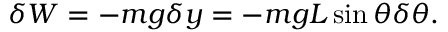
\delta W = - m g \delta y = - m g L \sin \theta \delta \theta .